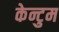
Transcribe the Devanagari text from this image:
केन्टुम